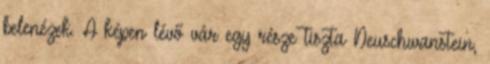
belenézek. A képen lévő vár egy része tiszta Neuschwanstein,